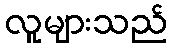
လူများသည်